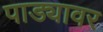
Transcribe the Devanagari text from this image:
पाड्यावर